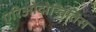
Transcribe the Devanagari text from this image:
एरिओदोन्तितिस